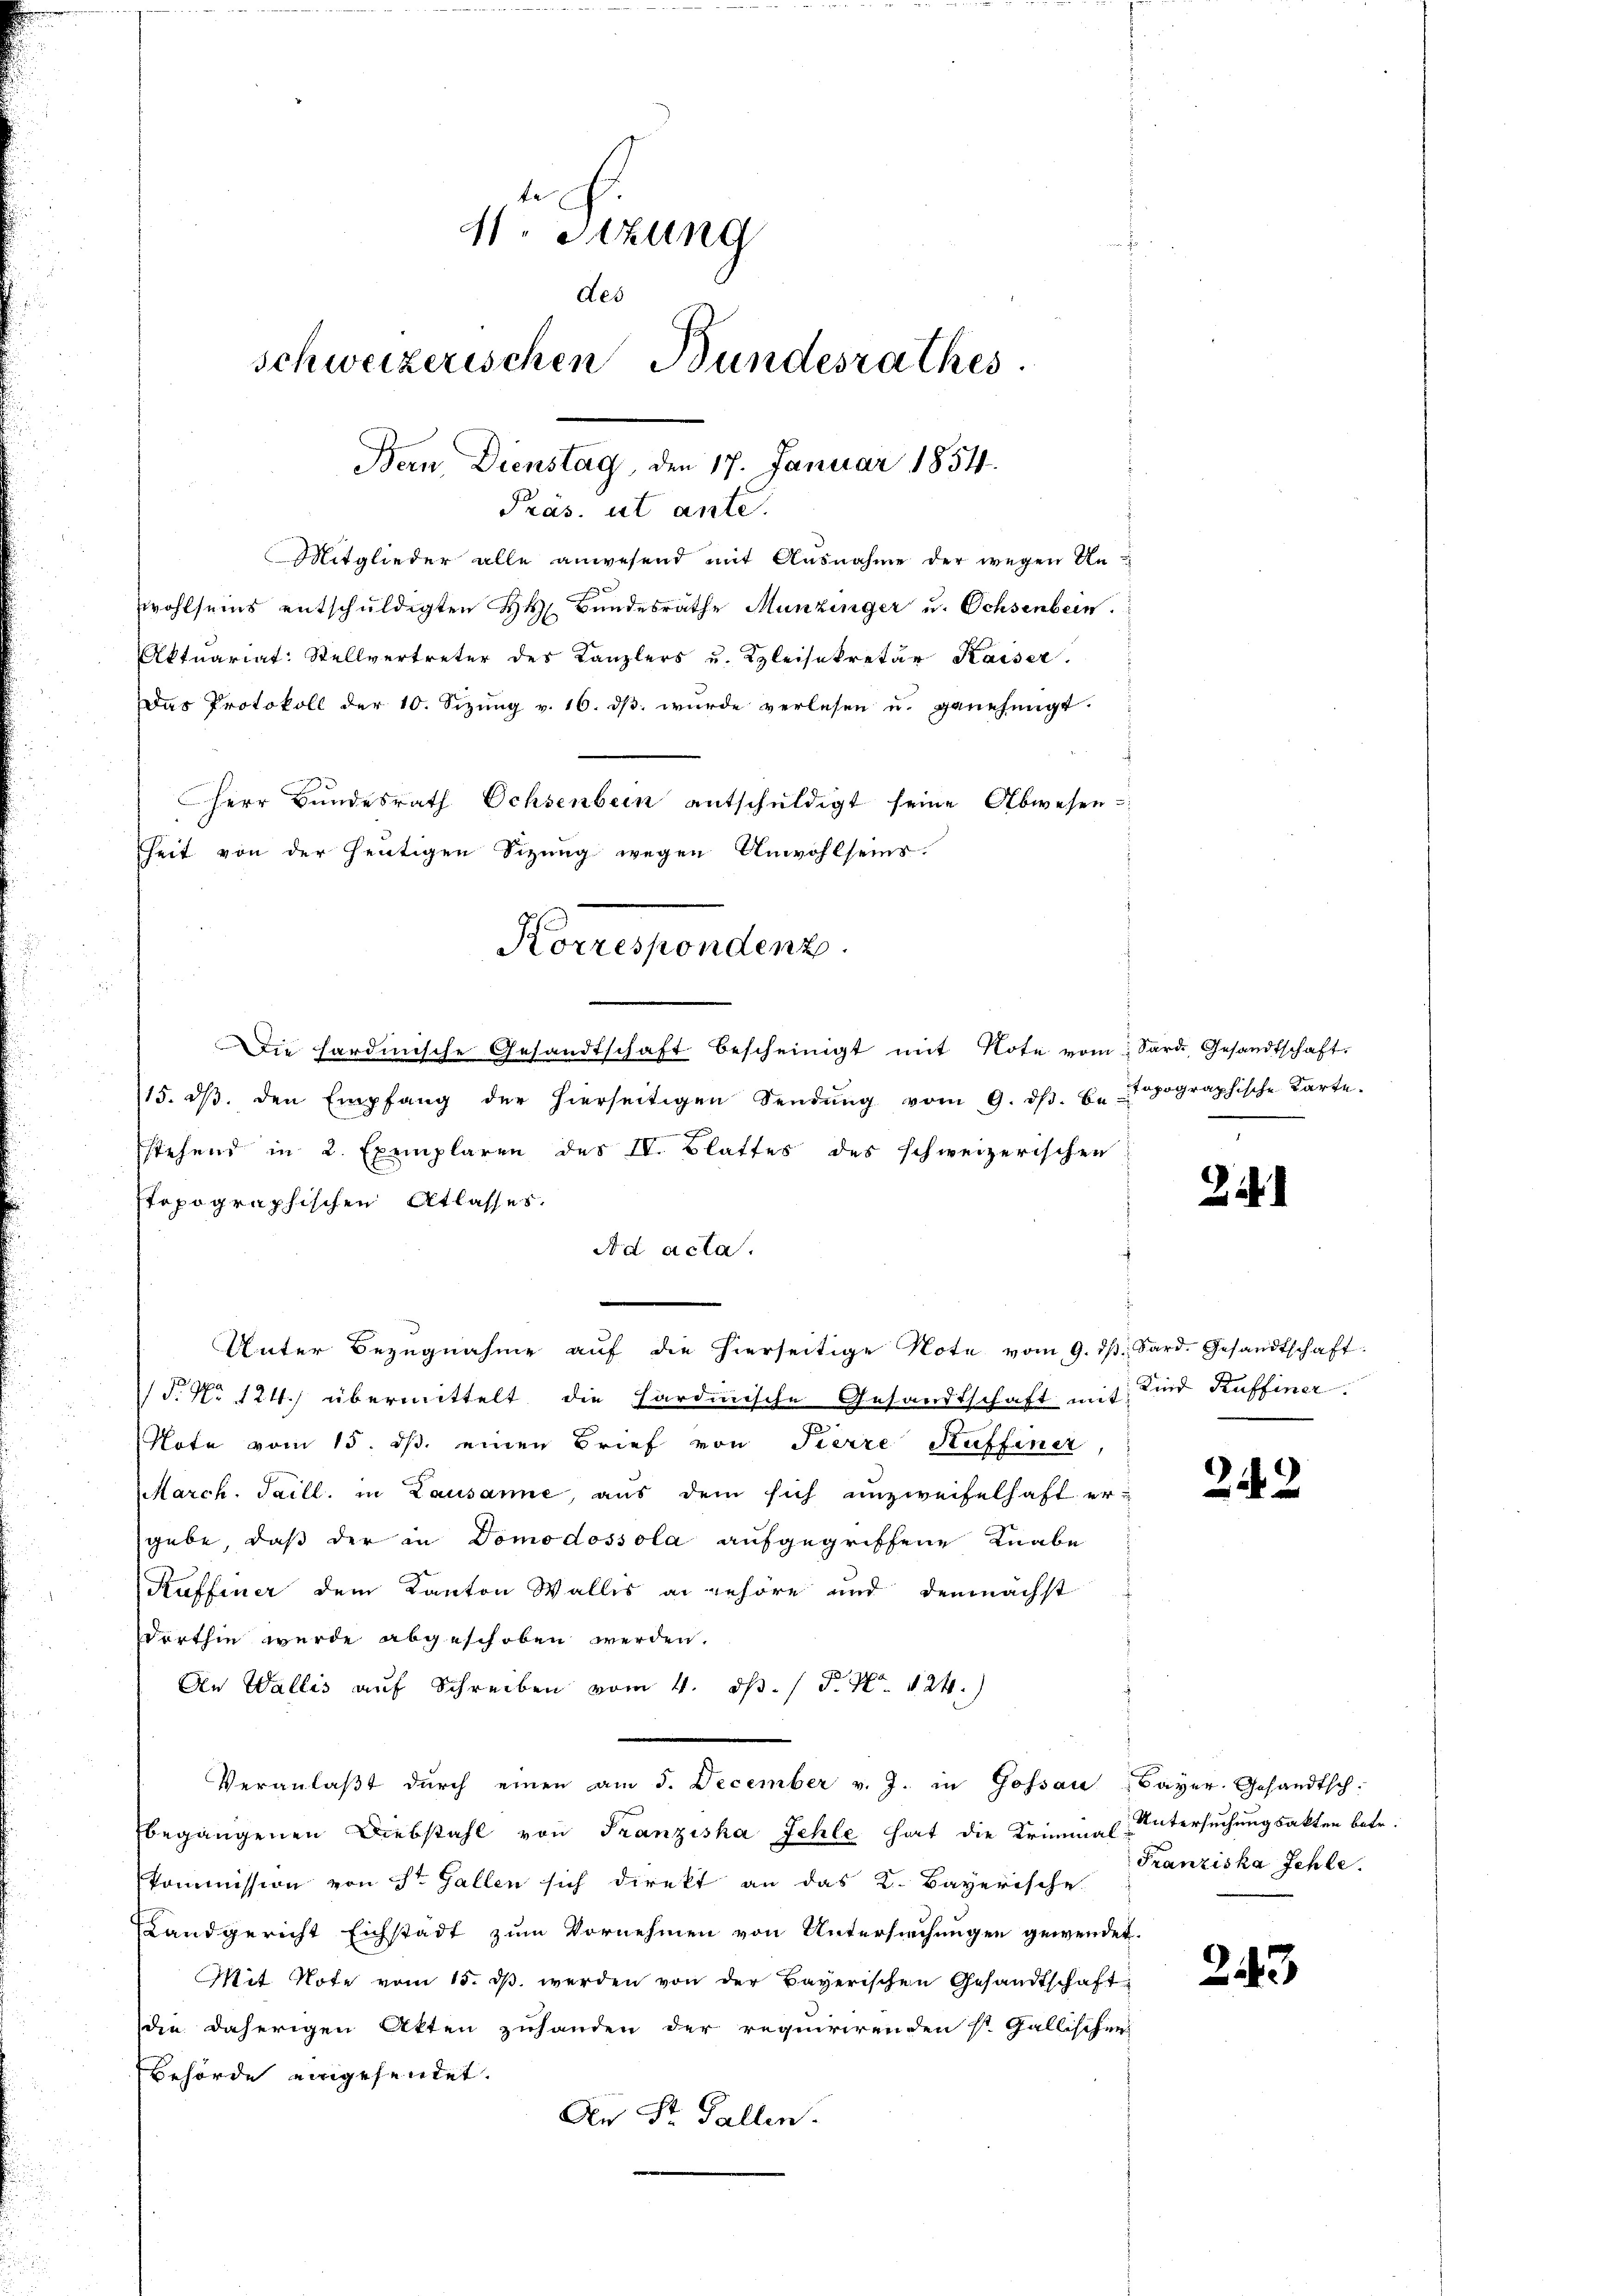
e
11. Sizung
des
schweizerischen Bundesrathes.
Bern Dienstag, den 17. Januar 1854.

Mitglieder alle anwesend mit Ausnahme der wegen Anwohlseins entschuldigten H. Bundesräthe Munzinger u. Ochsenbein.
Aktuariat: Stellvertreter des Kanzlers u. Kleisekretär Kaiser.
Das Protokoll der 10. Sizŭng v. 16. dβ wŭrde verlesen u. genehmigt.
Herr Bŭndesrath Ochsenbern entschŭldigt seine Abwesen
Zeit von der heutigen Sizung wegen Anwohlseins.
Die hardinische Gesandtschaft bescheinigt mit Note vom Sard, Gesandtschaft.
15. dβ. den Empfang der hierseitigen Sendŭng vom 9. dβ. be
stehend in 2 Exemplaren des IV. Blattes des schweizerischen
stopographischen Atlasses.
Ad acta.
Unter Bezugnahme auf die hierseitige Note vom 9. dβ Sard. Gesandtschaft
P. Nr. 124.) übermittelt die Sardinische Gesandtschaft mit sind Kuffiner
Note vom 15. ds. einen Brief von Tierre Ruffiner
March. Saill, in Lausanne, aus dem sich unzweifelhaft ergebe, daß der in Domodossola aufgegriffene Knabe
Kuffener dem Kanton Wallis an gehöre und demnächst
dorthin wurde abgeschoben werden.
An Wallis auf Schreiben vom 4. ds. / P. Nr. 124.)
Veranlaβt dŭrch einen am 5. December v. J. in Gossau - Bayer. Gesandtsch-
begangenen Diebstahl von Franziska Fehle hat die Krimia (Untersuchungsakten betr.
Kommission von St. Gallen sich direkt an das K. Bayerische
Landgericht Eichstadt zum Vornehmen von Untersuchungen gewendet.
Mit Note vom 15. ds werden von der Bayerischen Gesandtschaft
die daherigen Akten zuhanden der requirirenden St. Gallischen
Behörde eingesendet.
An Dr. Gallen.

Präs. ut ante.

Korrespondenz.

topographische Karte.

.

212

Franziska Schle

243